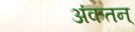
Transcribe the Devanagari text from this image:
अंकतन्